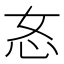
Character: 㣽